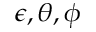
\epsilon , \theta , \phi